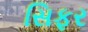
સિફર